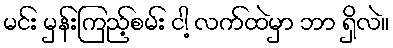
မင်း မှန်းကြည့်စမ်း ငါ့ လက်ထဲမှာ ဘာ ရှိလဲ။